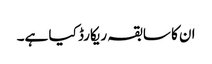
ان کا سابقہ ریکارڈ کیا ہے۔